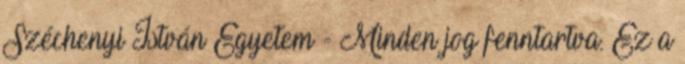
Széchenyi István Egyetem - Minden jog fenntartva. Ez a